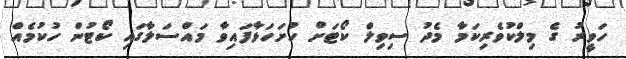
ހަވީރު ގެ މިލްކުވެރިކަމާ މެދު ސިވިލް ކޯޓަށް ހުށަހަޅާފައިވާ މައްސަލާގައި ކޯޓުން ހުކުމެއް